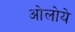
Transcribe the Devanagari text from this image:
ओलोये